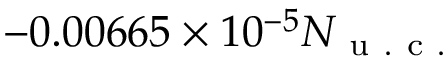
- 0 . 0 0 6 6 5 \times 1 0 ^ { - 5 } N _ { \mathrm { ~ u ~ . ~ c ~ . ~ } }